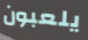
يلعبون